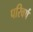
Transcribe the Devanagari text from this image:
परिवर्ष